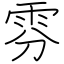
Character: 雰